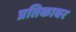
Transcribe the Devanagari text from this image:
प्रतिकावर